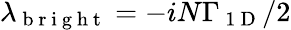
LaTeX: \lambda_{\mathrm{~b~r~i~g~h~t~}}=-iN\Gamma_{\mathrm{~1~D~}}/2